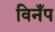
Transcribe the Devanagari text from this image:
विनँप